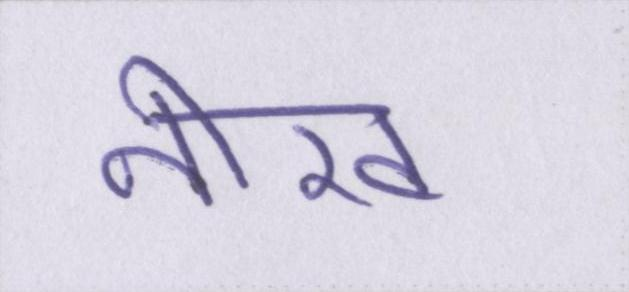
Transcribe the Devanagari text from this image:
नीरव